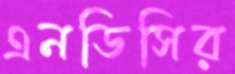
এনডিসির